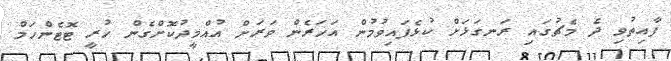
ފާއިތުވި ދެ މެޗުގައި ރަނގަޅަށް ކުޅެފައިވުމުން އަހަރެން ވަރަށް އުއްމީދުކޮށްގެން ހުރީ ޓޮޓެންހަމް